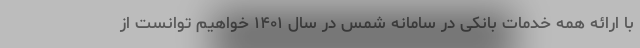
با ارائه همه خدمات بانکی در سامانه شمس در سال ۱۴۰۱ خواهیم توانست از